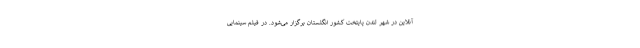
آنلاین در شهر لندن پايتخت کشور انگلستان برگزار می‌شود. در فيلم سينمايى